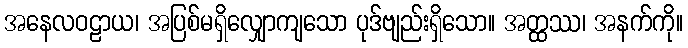
အနေလဝဠာယ၊ အပြစ်မရှိလျှောကျသော ပုဒ်ဗျည်းရှိသော။ အတ္ထဿ၊ အနက်ကို။